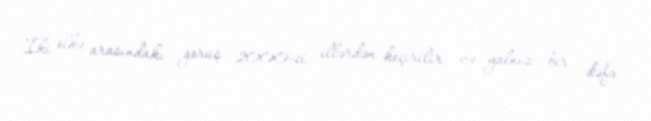
İki ölkə arasındakı görüş 2000-ci illərdən keçirilir və yalnız bir dəfə -